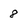
Character: 8